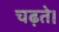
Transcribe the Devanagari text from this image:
चढ़ते।